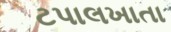
ટપાલખાતા